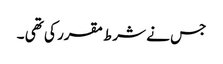
جس نے شرط مقرر کی تھی ۔